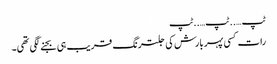
ٹپ …..ٹپ…..ٹپ
رات کسی پہر بارش کی جلترنگ قریب ہی بجنے لگی تھی۔